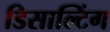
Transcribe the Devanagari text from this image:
डिसाल्टिंग